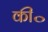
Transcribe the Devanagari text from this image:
की॰